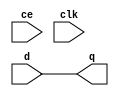
module delay_11 #
(
	parameter N = 8,
	parameter DELAY = 0
)
(
	input [N - 1:0] d,
	input ce,
	input clk,
	output [N - 1:0] q
);
wire [N - 1:0] tdata [DELAY:0];
assign tdata[0] = d; 
genvar i;
generate
	for(i = 0; i < DELAY; i = i + 1)
	begin: regs
	register #
	(
		.N(N)
	)
	reg_i
	(
		.clk(clk),
		.ce(ce),
		.d(tdata[i]),
		.q(tdata[i + 1])
	);
	end
endgenerate
assign q = tdata[DELAY];
endmodule